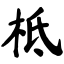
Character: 柢